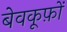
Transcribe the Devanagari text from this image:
बेवकूफ़ों